Leaving Certificate, 1898
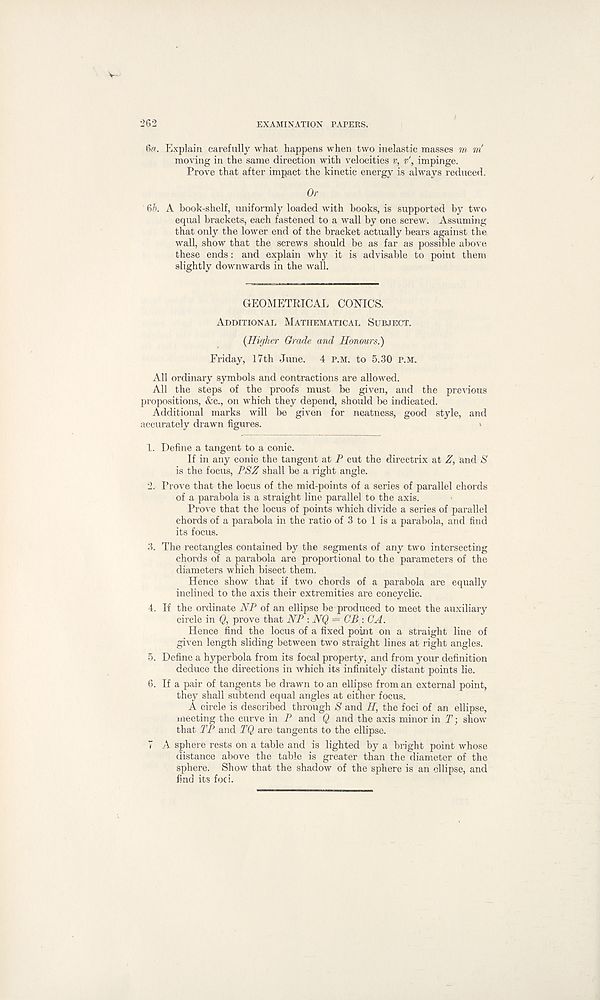
262
EXAMINATION PAPERS.
60. Explain carefully what happens when two inelastic masses m m'
moving in the same direction with velocities v, v' , impinge.
Prove that after impact the kinetic energy is always reduced.
Or
6b. A book-shelf, uniformly loaded with books, is supported by two
equal brackets, each fastened to a wall by one screw. Assuming
that only the lower end of the bracket actually bears against the
wall, show that the screws should be as far as possible above
these ends: and explain why it is advisable to point them
slightly downwards in the wall.
GEOMETRICAL CONICS.
Additional Mathematical Subject.
{Higher Grade and Honours.)
Friday, 17th June. 4 p.m. to 5.30 p.m.
All ordinary symbols and contractions are allowed.
All the steps of the proofs must be given, and the previous
propositions, &c., on which they depend, should be indicated.
Additional marks will be given for neatness, good style, and
accurately drawn figures.
1. Define a tangent to a conic.
If in any conic the tangent at P cut the directrix at Z, and S
is the focus, PSZ shall be a right angle.
2. Prove that the locus of the mid-points of a series of parallel chords
of a parabola is a straight line parallel to the axis.
Prove that the locus of points which divide a series of parallel
chords of a parabola in the ratio of 3 to 1 is a parabola, and find
its focus.
3. The rectangles contained by the segments of any two intersecting
chords of a parabola are proportional to the parameters of the
diameters which bisect them.
Hence show that if two chords of a parabola are equally
inclined to the axis their extremities are concyclic.
4. If the ordinate NP of an ellipse be produced to meet the auxiliary
circle in Q, prove that NP : NQ — CB:CA.
Hence find the locus of a fixed point on a straight line of
given length sliding between two straight lines at right angles.
5. Define a hyperbola from its focal property, and from your definition
deduce the directions in which its infinitely distant points lie.
6. If a pair of tangents be drawn to an ellipse from an external point,
they shall subtend equal angles at either focus.
A circle is described through S and H, the foci of an ellipse,
meeting the curve in P and Q and the axis minor in T ] show
that TP and TQ are tangents to the ellipse.
7 A sphere rests on a table and is lighted by a bright point whose
distance above the table is greater than the diameter of the
sphere. Show that the shadow of the sphere is an ellipse, and
find its foci.